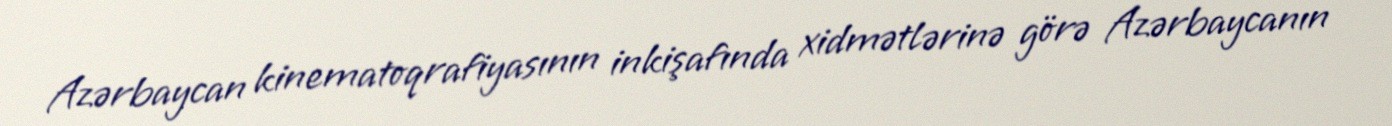
Azərbaycan kinematoqrafiyasının inkişafında xidmətlərinə görə Azərbaycanın